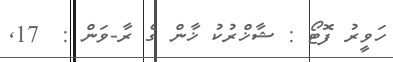
ހަވީރު ފޮޓޯ : ޝާޚްރުކު ޚާން ގެ ރާ-ވަން :  17